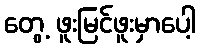
တွေ့ ဖူးမြင်ဖူးမှာပေါ့